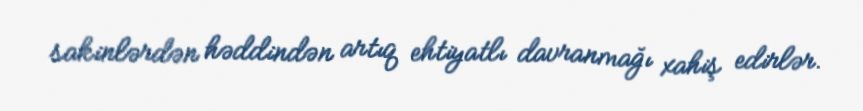
sakinlərdən həddindən artıq ehtiyatlı davranmağı xahiş edirlər.